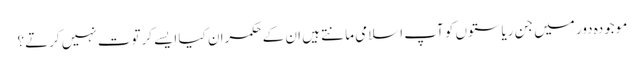
موجودہ دور میں جن ریاستوں کو آپ اسلامی مانتے ہیں ان کے حکمران کیا ایسے کرتوت نہیں کرتے؟